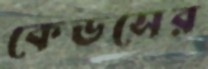
কেডসের